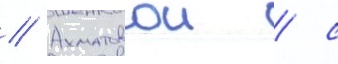
// Ахматовои / с